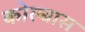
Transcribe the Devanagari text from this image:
कोल्बास